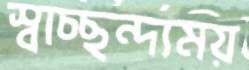
স্বাচ্ছন্দ্যময়